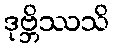
ဒုဗ္ဘိဿသိ